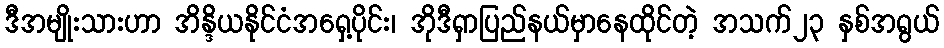
ဒီအမျိုးသားဟာ အိန္ဒိယနိုင်ငံအရှေ့ပိုင်း၊ အိုဒီရှာပြည်နယ်မှာနေထိုင်တဲ့ အသက်၂၃ နှစ်အရွယ်